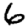
Digit: 6